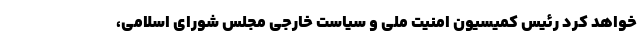
خواهد کرد رئیس کمیسیون امنیت ملی و سیاست خارجی مجلس شورای اسلامی،